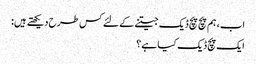
اب، ہم پچ پچ ڈیک جیتنے کے لئے کس طرح دیکھتے ہیں:
ایک پچ ڈیک کیا ہے؟